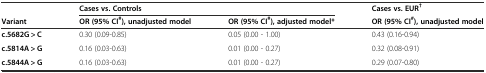
|  | <COLSPAN=2> Cases vs. Controls | Cases vs. EUR† |
 | Variant | OR (95% CI#), unadjusted model | OR (95% CI#), adjusted model* | OR (95% CI#), unadjusted model |
 | --- | --- | --- | --- |
 | c.5682G > C | 0.30 (0.09-0.85) | 0.05 (0.00 - 1.00) | 0.43 (0.16-0.94) |
 | c.5814A > G | 0.16 (0.03-0.63) | 0.01 (0.00 - 0.27) | 0.32 (0.08-0.91) |
 | c.5844A > G | 0.16 (0.03-0.63) | 0.01 (0.00 - 0.27) | 0.29 (0.07-0.80) |